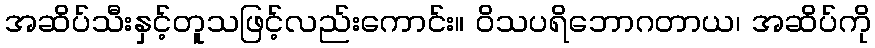
အဆိပ်သီးနှင့်တူသဖြင့်လည်းကောင်း။ ဝိသပရိဘောဂတာယ၊ အဆိပ်ကို